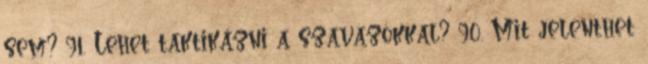
sem? 91. Lehet taktikázni a szavazókkal? 90. Mit jelenthet